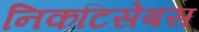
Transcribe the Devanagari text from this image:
निकटिसेबस